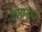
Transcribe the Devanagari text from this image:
छ्त्तानुमा